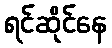
ရင်ဆိုင်နေ